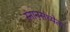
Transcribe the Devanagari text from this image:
स्नानसंध्येत